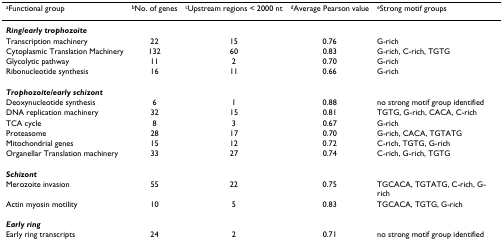
<table><thead><tr><td><b><sup>a</sup>Functional group</b></td><td><b><sup>b</sup>No. of genes</b></td><td><b><sup>c</sup>Upstream regions &lt; 2000 nt</b></td><td><b><sup>d</sup>Average Pearson value</b></td><td><b><sup>e</sup>Strong motif groups</b></td></tr></thead><tbody><tr><td><b><i>Ring/early trophozoite</i></b></td><td></td><td></td><td></td><td></td></tr><tr><td>Transcription machinery</td><td>22</td><td>15</td><td>0.76</td><td>G-rich</td></tr><tr><td>Cytoplasmic Translation Machinery</td><td>132</td><td>60</td><td>0.83</td><td>G-rich, C-rich, TGTG</td></tr><tr><td>Glycolytic pathway</td><td>11</td><td>2</td><td>0.70</td><td>G-rich</td></tr><tr><td>Ribonucleotide synthesis</td><td>16</td><td>11</td><td>0.66</td><td>G-rich</td></tr><tr><td><b><i>Trophozoite/early schizont</i></b></td><td></td><td></td><td></td><td></td></tr><tr><td>Deoxynucleotide synthesis</td><td>6</td><td>1</td><td>0.88</td><td>no strong motif group identified</td></tr><tr><td>DNA replication machinery</td><td>32</td><td>15</td><td>0.81</td><td>TGTG, G-rich, CACA, C-rich</td></tr><tr><td>TCA cycle</td><td>8</td><td>3</td><td>0.67</td><td>G-rich</td></tr><tr><td>Proteasome</td><td>28</td><td>17</td><td>0.70</td><td>G-rich, CACA, TGTATG</td></tr><tr><td>Mitochondrial genes</td><td>15</td><td>12</td><td>0.72</td><td>C-rich, TGTG, G-rich</td></tr><tr><td>Organellar Translation machinery</td><td>33</td><td>27</td><td>0.74</td><td>C-rich, G-rich, TGTG</td></tr><tr><td><b><i>Schizont</i></b></td><td></td><td></td><td></td><td></td></tr><tr><td>Merozoite invasion</td><td>55</td><td>22</td><td>0.75</td><td>TGCACA, TGTATG, C-rich, G-rich</td></tr><tr><td>Actin myosin motility</td><td>10</td><td>5</td><td>0.83</td><td>TGCACA, TGTG, G-rich</td></tr><tr><td><b><i>Early ring</i></b></td><td></td><td></td><td></td><td></td></tr><tr><td>Early ring transcripts</td><td>24</td><td>2</td><td>0.71</td><td>no strong motif group identified</td></tr></tbody></table>